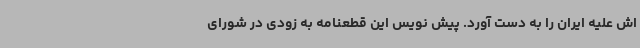
اش علیه ایران را به دست آورد. پیش نویس این قطعنامه به زودی در شورای